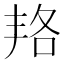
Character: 𠲱